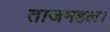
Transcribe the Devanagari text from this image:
ताजमहल।